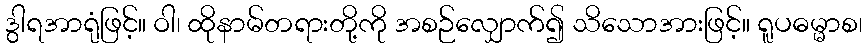
ဒွါရအာရုံဖြင့်။ ဝါ၊ ထိုနာမ်တရားတို့ကို အစဉ်လျှောက်၍ သိသောအားဖြင့်။ ရူပဓမ္မာစ၊